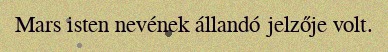
Mars isten nevének állandó jelzője volt.